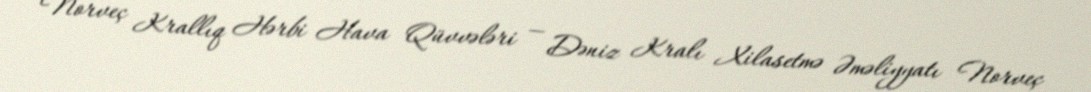
Norveç Krallıq Hərbi Hava Qüvvələri — Dəniz Kralı Xilasetmə Əməliyyatı Norveç